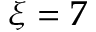
\xi = 7